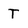
Character: T